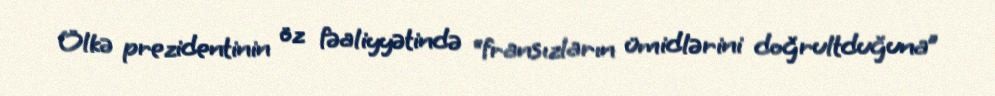
Ölkə prezidentinin öz fəaliyyətində “fransızların ümidlərini doğrultduğuna”